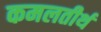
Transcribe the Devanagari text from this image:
कमलतीर्थ